Report on the working of the mental hospitals for Indians in Bihar and Orissa - 1925-1929
Year: 1925
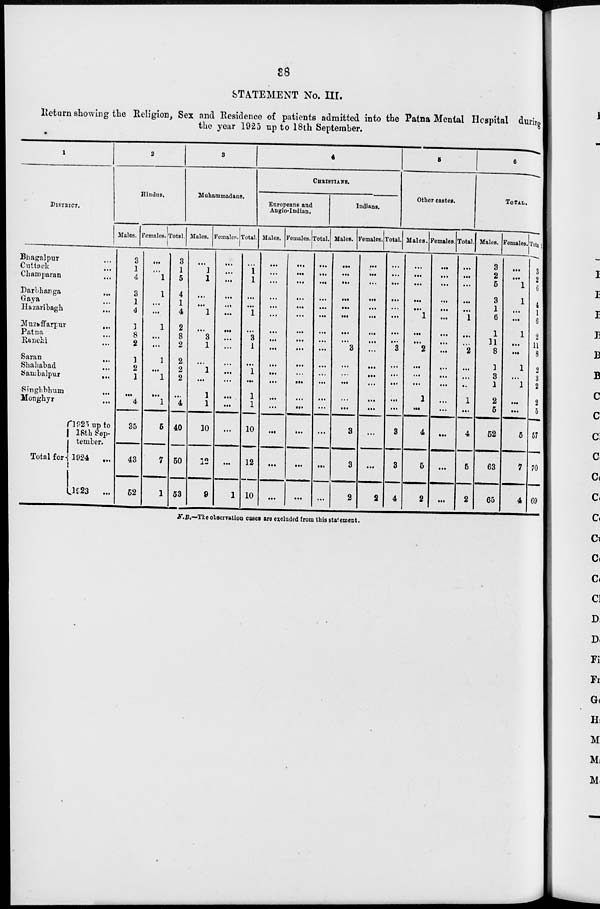
38
STATEMENT No. III.
Return showing the Religion, Sex and Residence of patients admitted into the Patna Mental Hospital during
the year 1925 up to 18th September.
1
DISTRICT.
Bhagalpur ...
Cuttack ...
Champaran ...
Darbhanga ...
Gaya ...
Hazaribagh ...
Muzaffarpur
...
Patna ...
Ranchi ...
Saran
...
Shahabad ...
Sambalpur
...
Singhbhum ...
Monghyr ...
Total for
1925 up to
18th Sep-
tember.
1924
...
1923
...
2
Hindus.
Males.
3
1
4
3
1
4
1
8
2
1
2
1
...
4
35
43
52
Females.
...
...
1
1
...
...
1
...
...
1
...
1
...
1
5
7
1
Total.
3
1
5
4
1
4
2
8
2
2
2
2
...
4
40
50
53
3
Muhammadans.
Males.
...
1
1
...
...
1
...
3
1
...
1
...
1
1
10
12
9
Females.
...
...
...
...
...
...
...
...
...
...
...
...
...
...
...
...
1
Total.
...
1
1
...
...
1
...
3
1
...
1
...
1
1
10
12
10
4
CHRISTIANS.
Europeans and
Anglo-Indian.
Males.
...
...
...
...
...
...
...
...
...
...
...
...
...
...
...
...
...
Females.
...
...
...
...
...
...
...
...
...
...
...
...
...
...
...
...
...
Total.
...
...
...
...
...
...
...
...
...
...
...
...
...
...
...
...
...
Indians.
Males.
...
...
...
...
...
...
...
...
3
...
...
...
...
...
3
3
2
Females.
...
...
...
...
...
...
...
...
...
...
...
...
...
...
...
...
2
Total.
...
...
...
...
...
...
...
...
3
...
...
...
...
...
3
3
4
5
Other castes.
Males.
...
...
...
...
...
1
...
...
2
...
...
...
1
...
4
5
2
Females.
...
...
...
...
...
...
...
...
...
...
...
...
...
...
...
...
...
Total.
...
...
...
...
...
1
...
...
2
...
...
...
1
...
4
5
2
6
TOTAL.
Males.
3
2
5
3
1
6
1
11
8
1
3
1
2
5
52
63
65
Females.
...
...
1
1
...
...
1
...
...
1
...
1
...
...
5
7
4
Total.
3
2
6
4
1
6
2
11
8
2
3
2
2
5
57
70
69
N.B.—The observation cases are excluded from this statement.